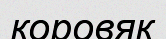
коровяк